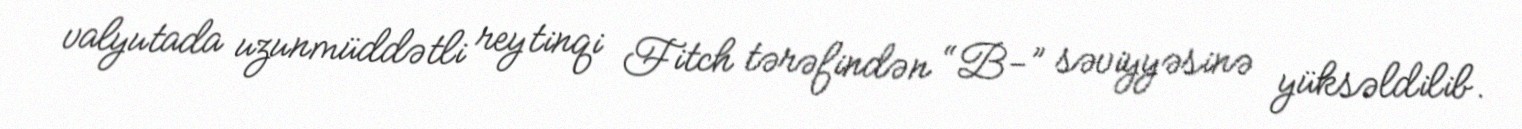
valyutada uzunmüddətli reytinqi Fitch tərəfindən “B-” səviyyəsinə yüksəldilib.